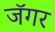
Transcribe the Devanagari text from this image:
जॅगर